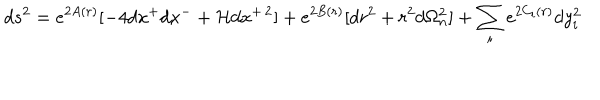
d s ^ { 2 } = e ^ { 2 A ( r ) } [ - 4 d x ^ { + } d x ^ { - } + { \cal H } d x ^ { + \, 2 } ] + e ^ { 2 B ( r ) } [ d r ^ { 2 } + r ^ { 2 } d \Omega _ { n } ^ { 2 } ] + \sum _ { i } e ^ { 2 C _ { i } ( r ) } d y _ { i } ^ { 2 }